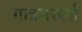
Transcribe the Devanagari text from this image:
गात्रसंस्पर्श